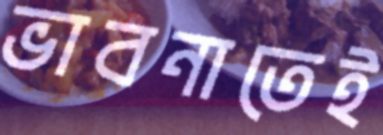
ভাবনাতেই